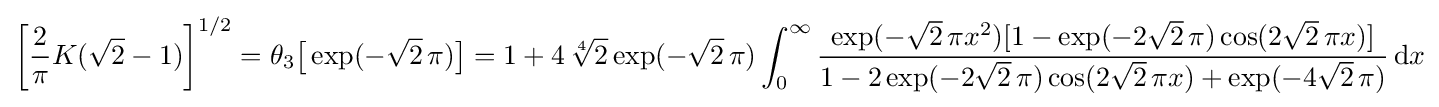
{\biggl [}{\frac {2}{\pi }}K({\sqrt {2}}-1){\biggr ]}^{1/2}=\theta _{3}{\bigl [}\exp(-{\sqrt {2}}\,\pi ){\bigr ]}=1+4\,{\sqrt[{4}]{2}}\exp(-{\sqrt {2}}\,\pi )\int _{0}^{\infty }{\frac {\exp(-{\sqrt {2}}\,\pi x^{2})[1-\exp(-2{\sqrt {2}}\,\pi )\cos(2{\sqrt {2}}\,\pi x)]}{1-2\exp(-2{\sqrt {2}}\,\pi )\cos(2{\sqrt {2}}\,\pi x)+\exp(-4{\sqrt {2}}\,\pi )}}\,\mathrm {d} x